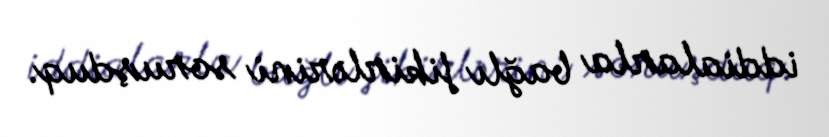
iddialarla bağlı fikirlərini soruşduq.